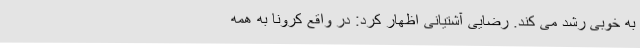
به خوبی رشد می کند. رضایی آشتیانی اظهار کرد: در واقع کرونا به همه